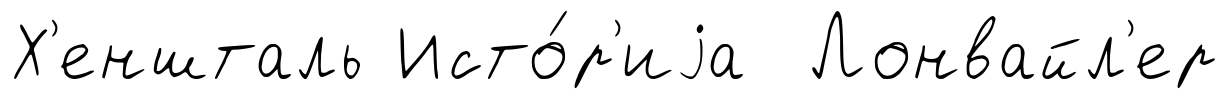
Х'еншталь Исто́р'иjа Лонвайл'ер